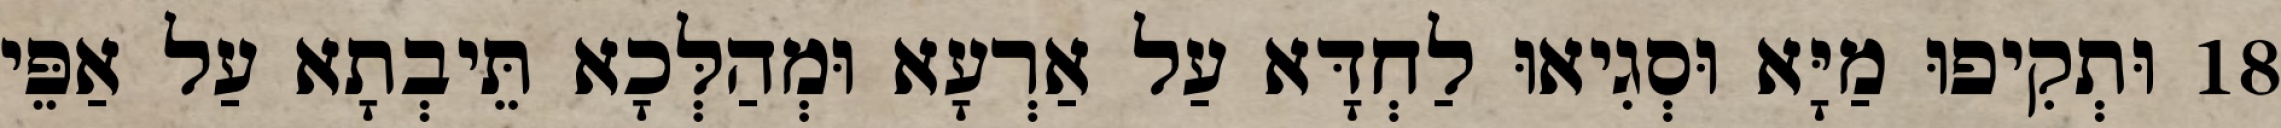
18 וּתְקִיפוּ מַיָּא וּסְגִיאוּ לַחְדָּא עַל אַרְעָא וּמְהַלְּכָא תֵּיבְתָא עַל אַפֵּי